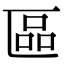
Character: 區